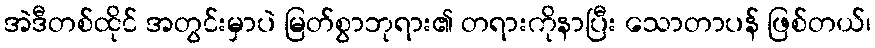
အဲဒီတစ်ထိုင် အတွင်းမှာပဲ မြတ်စွာဘုရား၏ တရားကိုနာပြီး သောတာပန် ဖြစ်တယ်၊